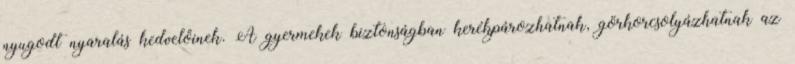
nyugodt nyaralás kedvelőinek. A gyermekek biztonságban kerékpározhatnak, görkorcsolyázhatnak az